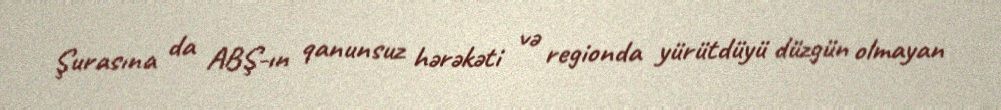
Şurasına da ABŞ-ın qanunsuz hərəkəti və regionda yürütdüyü düzgün olmayan